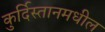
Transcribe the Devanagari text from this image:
कुर्दिस्तानमधील